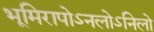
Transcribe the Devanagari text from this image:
भूमिरापोऽनलोऽनिलो